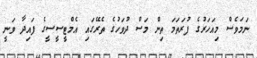
ނަމަވެސް މިއަހަރުގެ ފުރަތަމަ ތިން މަސް ދުވަހުގެ ތެރޭގައި އެމްޓީސީސީގެ ފައިދާ ވަނީ